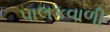
પાલકવાળી